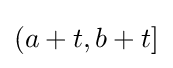
{\textstyle (a+t,b+t]}